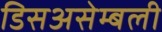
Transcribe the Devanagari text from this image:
डिसअसेम्बली